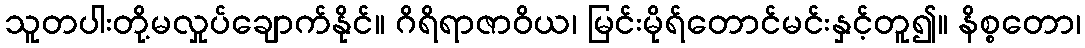
သူတပါးတို့မလှုပ်ချောက်နိုင်။ ဂိရိရာဇာဝိယ၊ မြင်းမိုရ်တောင်မင်းနှင့်တူ၍။ နိစ္စတော၊